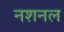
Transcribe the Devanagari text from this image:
नशनल